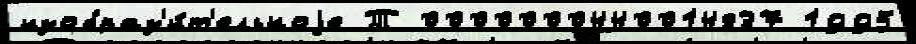
изобраз'и́т'ельноjе Т 0000000440014837 1995